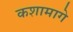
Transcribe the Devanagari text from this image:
कशामागे